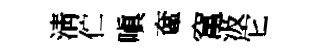
清伫嗔奩𥧄汲它